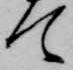
て